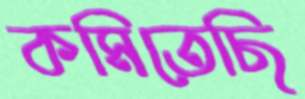
কমিতেছি